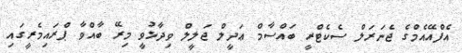
އެފްއޭއެމްގެ ޖެނަރަލް ސެކެޓްރީ ބައްސާމް ޢަދީލް ޖަލީލް ވިދާޅުވީ މިރޭ ބާއްވާ ޕްރައިމެރީގައި